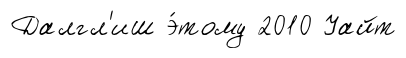
Далгл'иш э́тому 2010 Уайт